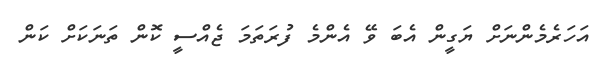
އަހަރެމެންނަށް ޔަގީން އެބަ ވޭ އެންމެ ފުރަތަމަ ޖެއްސީ ކޮން ތަނަކަށް ކަން